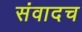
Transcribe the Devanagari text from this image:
संवादच